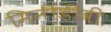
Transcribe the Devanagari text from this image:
मिनीडीवी